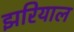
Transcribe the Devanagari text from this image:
झरियाल